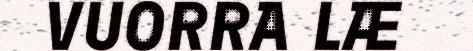
VUORRA LÆ